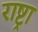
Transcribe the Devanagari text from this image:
राष्ट्रा